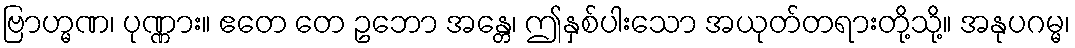
ဗြာဟ္မဏ၊ ပုဏ္ဏား။ ဧတေ တေ ဥဘော အန္တေ၊ ဤနှစ်ပါးသော အယုတ်တရားတို့သို့။ အနုပဂမ္မ၊